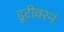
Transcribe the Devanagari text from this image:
डूटीवरनं